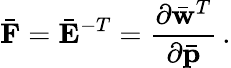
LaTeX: \bar{\mathbf F}=\bar{\mathbf E}^{-T}=\frac{\partial\bar{\mathbf w}^{T}}{\partial\bar{\mathbf p}}\, .